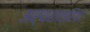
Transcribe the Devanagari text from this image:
अर्थशात्रियों